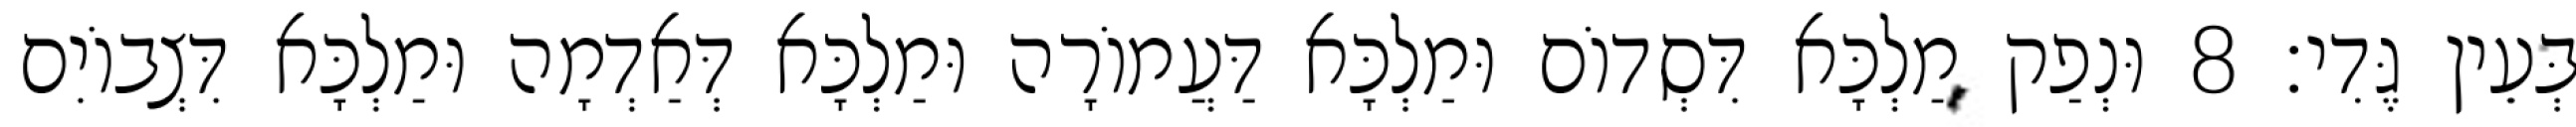
בְּעֵין גֶּדִי׃ 8 וּנְפַק מַלְכָּא דִּסְדוֹם וּמַלְכָּא דַּעֲמוֹרָה וּמַלְכָּא דְּאַדְמָה וּמַלְכָּא דִּצְבוֹיִם